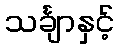
သင်္ချာနှင့်